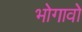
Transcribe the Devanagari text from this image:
भोगावो